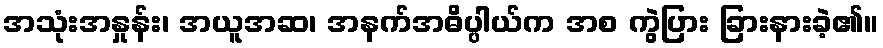
အသုံးအနှုန်း၊ အယူအဆ၊ အနက်အဓိပ္ပါယ်က အစ ကွဲပြား ခြားနားခဲ့၏။